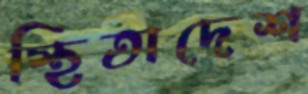
স্থিতাদেশ